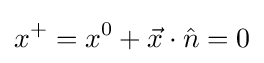
x^{+}=x^{0}+{\vec {x}}\cdot {\hat {n}}=0